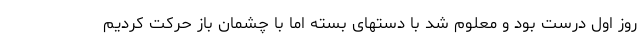
روز اول درست بود و معلوم شد با دستهای بسته اما با چشمان باز حرکت کردیم